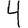
Digit: 4